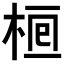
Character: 𣒯